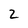
Character: 2